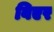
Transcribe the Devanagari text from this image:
बिएर